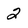
Character: 2